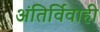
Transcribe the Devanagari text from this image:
अंतिर्विवाही